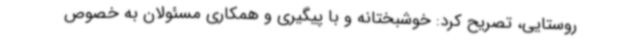
روستایی، تصریح کرد: خوشبختانه و با پیگیری و همکاری مسئولان به خصوص